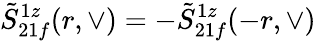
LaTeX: \tilde{S}_{21f}^{1z}(r,\vee)=-\tilde{S}_{21f}^{1z}(-r,\vee)